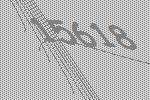
15618